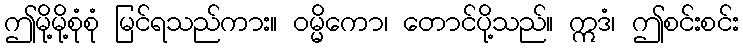
ဤမို့မို့စုံစုံ မြင်ရသည်ကား။ ဝမ္မိကော၊ တောင်ပို့သည်။ ဣဒံ၊ ဤစင်းစင်း